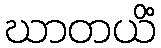
ဃာတယိံ